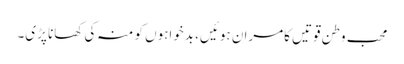
محب وطن قوتیں کامران ہوئیں، بدخواہوں کو منہ کی کھانا پڑی۔